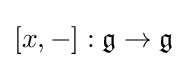
[x,-]:{\mathfrak {g}}\to {\mathfrak {g}}